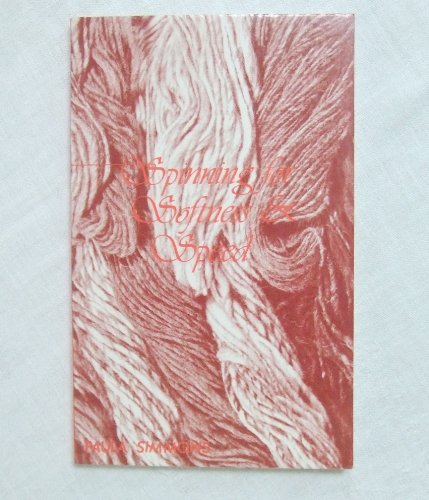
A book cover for Spinning for Softness and Speed; Paula Simmons; Crafts, Hobbies & Home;